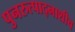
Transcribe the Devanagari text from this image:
पुनरुत्पाद्नाशीच